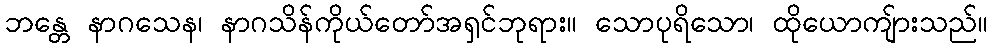
ဘန္တေ နာဂသေန၊ နာဂသိန်ကိုယ်တော်အရှင်ဘုရား။ သောပုရိသော၊ ထိုယောကျ်ားသည်။